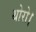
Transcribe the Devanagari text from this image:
थोरो।